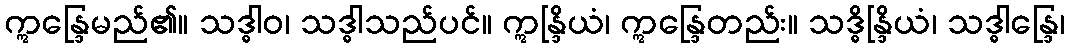
ဣန္ဒြေမည်၏။ သဒ္ဓါဝ၊ သဒ္ဓါသည်ပင်။ ဣန္ဒြိယံ၊ ဣန္ဒြေတည်း။ သဒ္ဓိန္ဒြိယံ၊ သဒ္ဓါန္ဒြေ၊